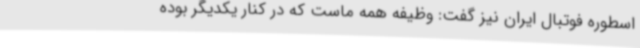
اسطوره فوتبال ایران نیز گفت: وظیفه همه ماست که در کنار یکدیگر بوده